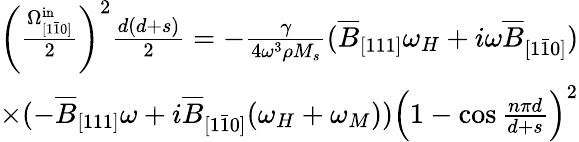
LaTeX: \begin{array}{r}{\left(\frac{\Omega_{[1\bar{1}0]}^{\mathrm{in}}}{2}\right)^{2}\frac{d(d+s)}{2}=-\frac{\gamma}{4\omega^{3}\rho M_{s}}(\overline{{B}}_{[111]}\omega_{H}+i\omega\overline{{B}}_{[1\bar{1}0]})}\\ {\times(-\overline{{B}}_{[111]}\omega+i\overline{{B}}_{[1\bar{1}0]}(\omega_{H}+\omega_{M}))\Big(1-\cos{\frac{n\pi d}{d+s}}\Big)^{2}}\end{array}